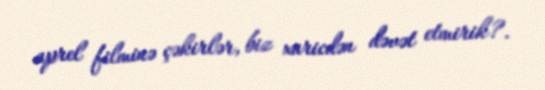
aprel filminə çəkirlər, biz xaricdən dəvət etmirik?.